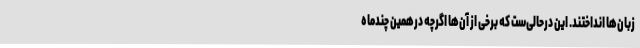
زبان‌ها انداختند. این درحالی‌ست که برخی از آن‌ها اگرچه درهمین چندماه